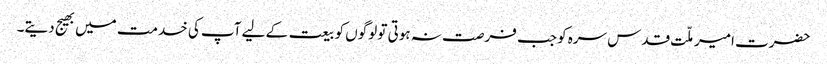
حضرت امیر ملّت قدس سرہ کو جب فرصت نہ ہوتی تو لوگوں کو بیعت کے لیے آپ کی خدمت میں بھیج دیتے۔